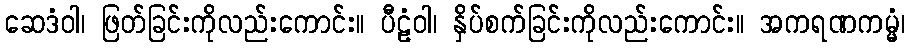
ဆေဒံဝါ၊ ဖြတ်ခြင်းကိုလည်းကောင်း။ ပီဠံဝါ၊ နှိပ်စက်ခြင်းကိုလည်းကောင်း။ အကရဏကမ္မံ၊